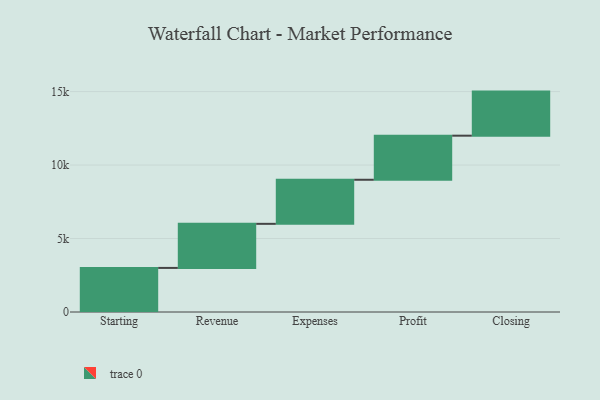
{"axis": {"x": "Step", "y": "Value"}, "legend": [""], "data": [{"x": "Starting", "y": 3000, "type": ""}, {"x": "Revenue", "y": 3000, "type": ""}, {"x": "Expenses", "y": 3000, "type": ""}, {"x": "Profit", "y": 3000, "type": ""}, {"x": "Closing", "y": 3000, "type": ""}]}